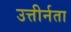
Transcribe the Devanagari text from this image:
उत्तीर्नता